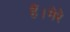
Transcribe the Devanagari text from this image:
हैं।मेरे